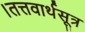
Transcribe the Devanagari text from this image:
।तत्तवार्थसूत्र